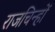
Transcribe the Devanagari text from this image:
राजचिन्हों